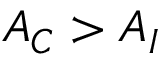
A _ { C } > A _ { I }